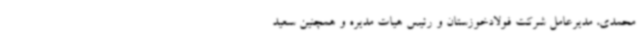
محمدی، مدیرعامل شرکت فولادخوزستان و رئیس هیات مدیره و همچنین سعید